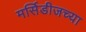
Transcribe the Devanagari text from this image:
मर्सिडीजच्या